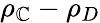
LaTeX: \rho_{\mathbb{C}}-\rho_{D}